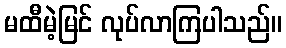
မထီမဲ့မြင် လုပ်လာကြပါသည်။